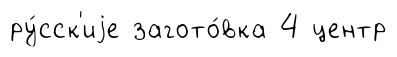
ру́сск'иjе загото́вка 4 центр